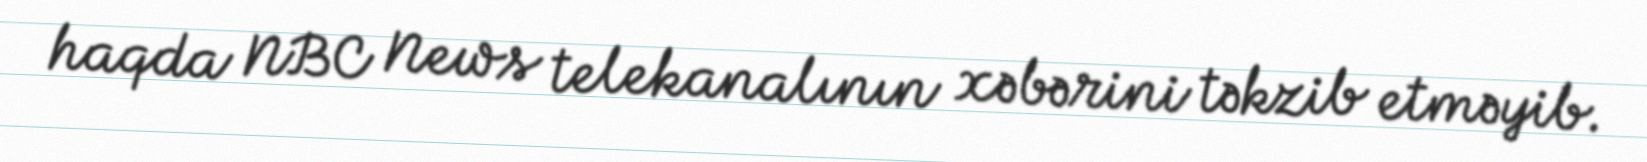
haqda NBC News telekanalının xəbərini təkzib etməyib.